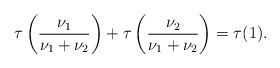
LaTeX: \begin{align*}\tau \left(\frac{\nu_1}{\nu_1 + \nu_2} \right) + \tau\left(\frac{\nu_2}{\nu_1 + \nu_2} \right) = \tau(1).\end{align*}